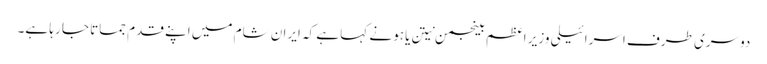
دوسری طرف اسرائیلی وزیر اعظم بینجمن نیتن یاہو نے کہا ہے کہ ایران شام میں اپنے قدم جماتا جا رہا ہے۔